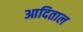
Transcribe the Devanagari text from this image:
आदिताल